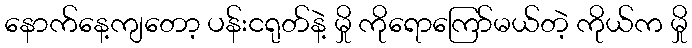
နောက်နေ့ကျတော့ ပန်းငရုတ်နဲ့ မှို ကိုရောကြော်မယ်တဲ့ ကိုယ်က မှို